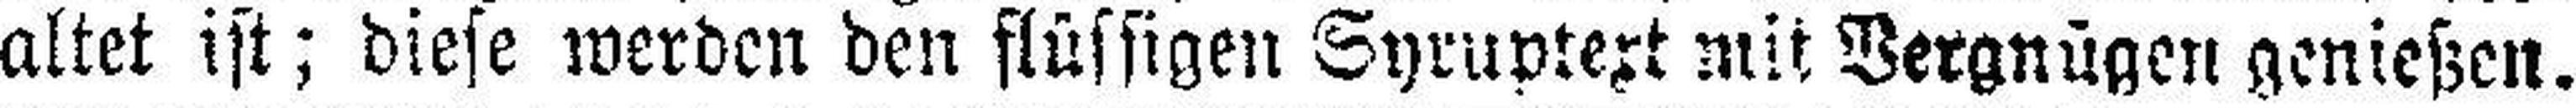
altet ist; diese werden den flüssigen Syruptext mit Vergnügen genießen.